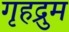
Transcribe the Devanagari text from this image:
गृहद्रुम